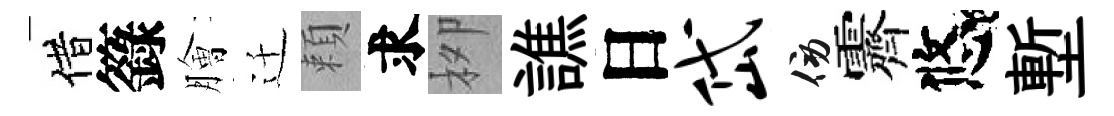
借籙膾迁頼求栁譙日岱傍霽悠塹